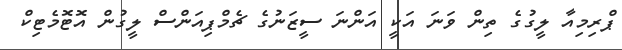
ޕްރިމިއާ ލީގުގެ ތިން ވަނަ އަކީ އަންނަ ސީޒަނުގެ ޗެމްޕިއަންސް ލީގުން އޮޓޮމެޓިކް